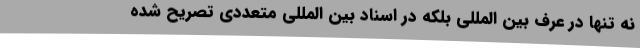
نه تنها در عرف بین المللی بلکه در اسناد بین المللی متعددی تصریح شده